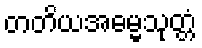
တတိယအဓမ္မသုတ္တံ